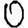
Digit: 0